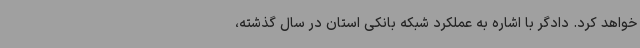
خواهد کرد. دادگر با اشاره به عملکرد شبکه بانکی استان در سال گذشته،